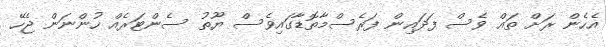
އެހެން ރަށް ތައް ވެސް ފަދައިން ފަރެސްމާތޮޑާގައިވެސް ޔޫތު ސެންޓަރެއް ހުންނަން ޖެހޭ